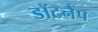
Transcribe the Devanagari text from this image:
डॉटनैप